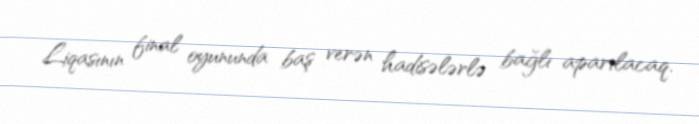
Liqasının final oyununda baş verən hadisələrlə bağlı aparılacaq.